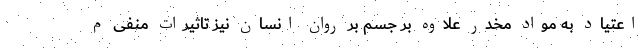
اعتیاد به مواد مخدر علاوه بر جسم بر روان انسان نیز تاثیرات منفی م